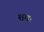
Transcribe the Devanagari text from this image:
शमः